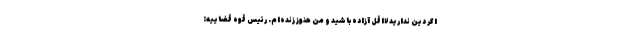
اگر دین ندارید لااقل آزاده باشید و من هنوز زنده‌ام. رئیس قوه قضاییه: